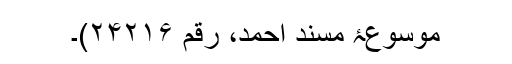
موسوعۂ مسند احمد، رقم ۲۴۲۱۶)۔